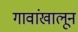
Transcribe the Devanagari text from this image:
गावांखालून